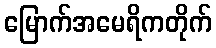
မြောက်အမေရိကတိုက်